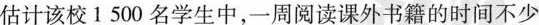
估计该校1500名学生中，一周阅读课外书籍的时间不少